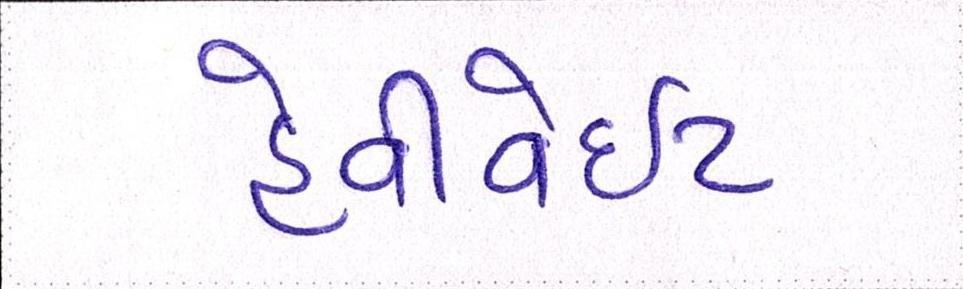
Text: હેવીવેઇટ